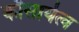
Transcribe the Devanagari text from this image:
कौसार्यत्व